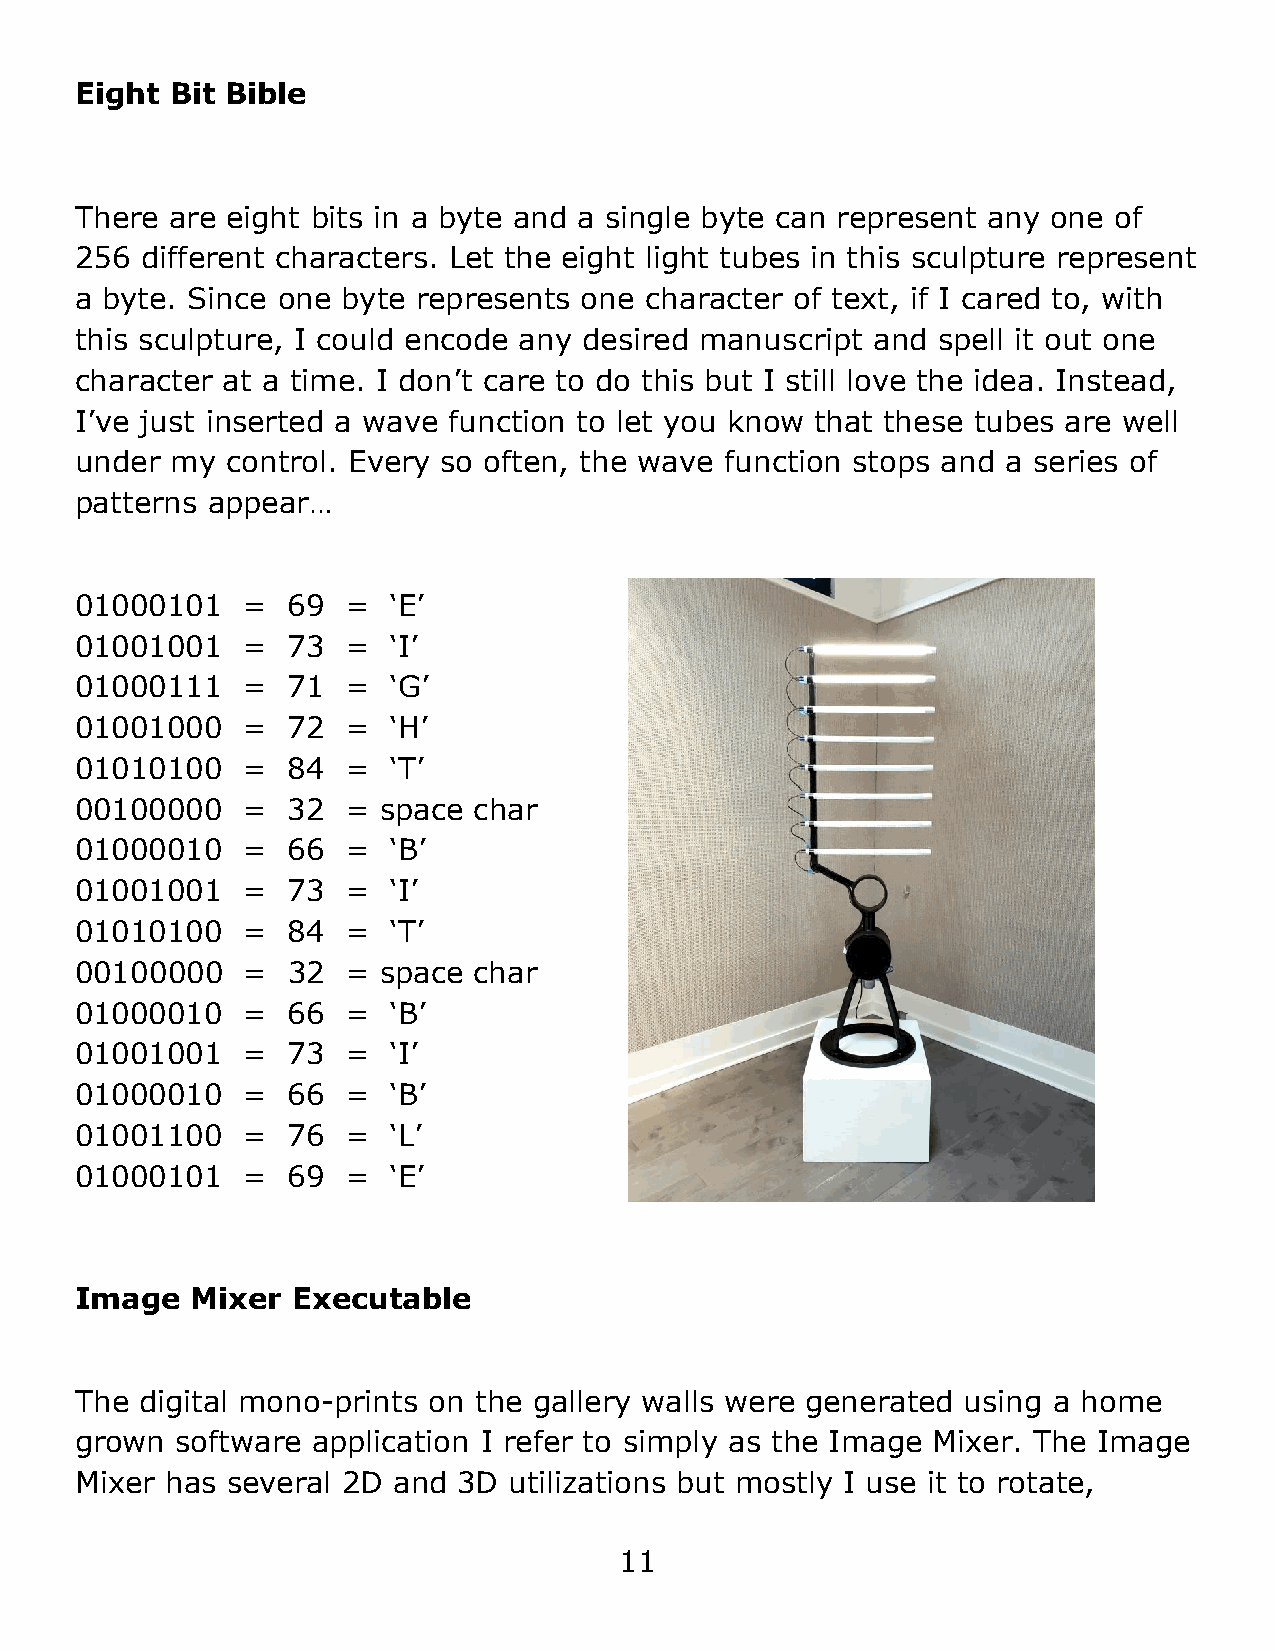
Eight Bit Bible
 There are eight bits in a byte and a single byte can represent any one of
 256 different characters. Let the eight light tubes in this sculpture represent
 a byte. Since one byte represents one character of text, if I cared to, with
 this sculpture, I could encode any desired manuscript and spell it out one
 character at a time. I don’t care to do this but I still love the idea. Instead,
 I’ve just inserted a wave function to let you know that these tubes are well
 under my  control. Every so often, the wave function stops and a series of
 patterns appear…
 01000101   =  69  =  ‘E’
 01001001   =  73  =  ‘I’
 01000111   =  71  =  ‘G’
 01001000   =  72  =  ‘H’
 01010100   =  84  =  ‘T’
 00100000   =  32  = space char
 01000010   =  66  =  ‘B’
 01001001   =  73  =  ‘I’
 01010100   =  84  =  ‘T’
 00100000   =  32  = space char
 01000010   =  66  =  ‘B’
 01001001   =  73  =  ‘I’
 01000010   =  66  =  ‘B’
 01001100   =  76  =  ‘L’
 01000101   =  69  =  ‘E’
 Image   Mixer Executable
 The digital mono-prints on the gallery walls were generated using a home
 grown  software application I refer to simply as the Image Mixer. The Image
 Mixer has several 2D and 3D  utilizations but mostly I use it to rotate,
 11